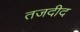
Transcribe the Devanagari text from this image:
तजदीद